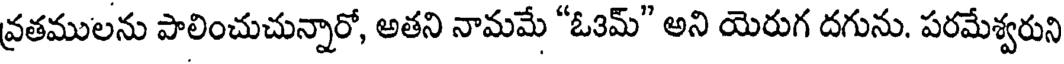
వ్రతములను పాలించుచున్నారో, అతని నామమే "ఓ3మ్" అని యెరుగ దగును. పరమేశ్వరుని